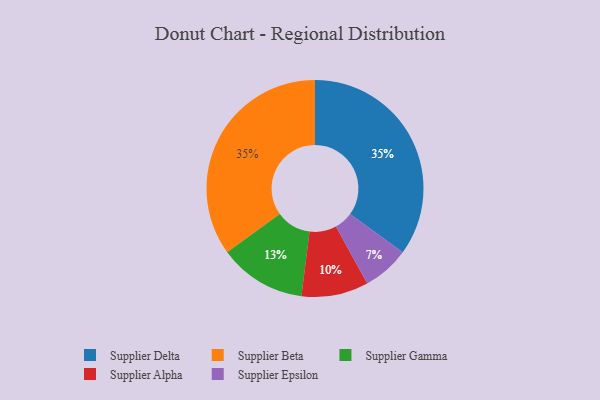
{"axis": {"x": "Category", "y": "Percentage"}, "legend": ["Supplier Alpha", "Supplier Beta", "Supplier Delta", "Supplier Epsilon", "Supplier Gamma"], "data": [{"x": "Supplier Delta", "y": 35, "type": "Supplier Delta"}, {"x": "Supplier Beta", "y": 35, "type": "Supplier Beta"}, {"x": "Supplier Alpha", "y": 10, "type": "Supplier Alpha"}, {"x": "Supplier Epsilon", "y": 7, "type": "Supplier Epsilon"}, {"x": "Supplier Gamma", "y": 13, "type": "Supplier Gamma"}]}